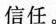
信任。